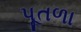
પૂતળા